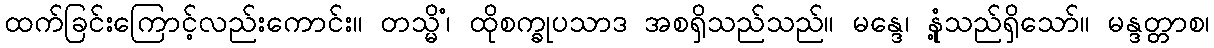
ထက်ခြင်းကြောင့်လည်းကောင်း။ တသ္မိံ၊ ထိုစက္ခုပသာဒ အစရှိသည်သည်။ မန္ဒေ၊ နုံ့သည်ရှိသော်။ မန္ဒတ္တာစ၊